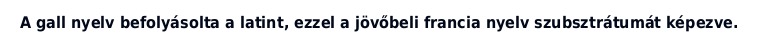
A gall nyelv befolyásolta a latint, ezzel a jövőbeli francia nyelv szubsztrátumát képezve.